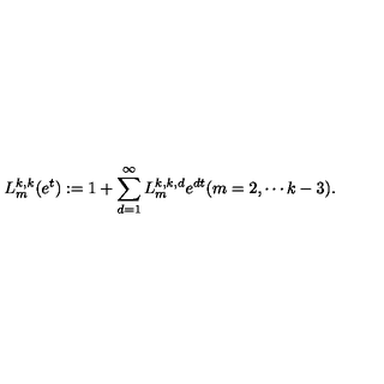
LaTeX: L _ { m } ^ { k , k } ( e ^ { t } ) : = 1 + \sum _ { d = 1 } ^ { \infty } L _ { m } ^ { k , k , d } e ^ { d t } ( m = 2 , \cdots k - 3 ) .